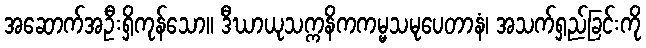
အဆောက်အဦးရှိကုန်သော။ ဒီဃာယုသက္ကနိကကမ္မသမုပေတာနံ၊ အသက်ရှည်ခြင်းကို